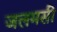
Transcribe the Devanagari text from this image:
जलमसी